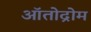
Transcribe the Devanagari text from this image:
ऑतोद्रोम